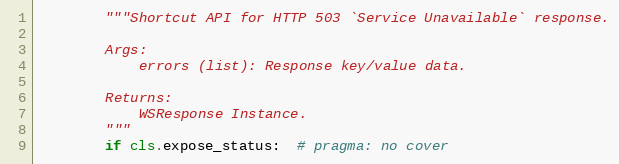
Language: Python
        """Shortcut API for HTTP 503 `Service Unavailable` response.

        Args:
            errors (list): Response key/value data.

        Returns:
            WSResponse Instance.
        """
        if cls.expose_status:  # pragma: no cover